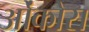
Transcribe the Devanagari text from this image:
ओंकोस